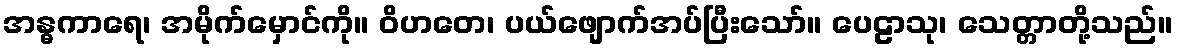
အန္ဓကာရေ၊ အမိုက်မှောင်ကို။ ဝိဟတေ၊ ပယ်ဖျောက်အပ်ပြီးသော်။ ပေဠာသု၊ သေတ္တာတို့သည်။